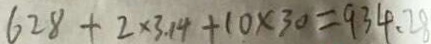
6 2 8 + 2 \times 3 . 1 4 + 1 0 \times 3 0 = 9 3 4 . 2 8